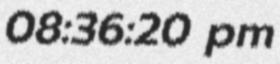
08:36:20 pm